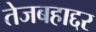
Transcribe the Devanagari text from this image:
तेजबहाद्दर